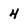
Character: 4